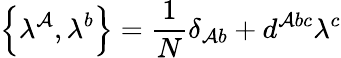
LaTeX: \left\{ \lambda^{\mathcal{A}},\lambda^{b}\right\} =\frac{{1}}{{N}}\delta_{\mathcal{A}b}+d^{\mathcal{A}bc}\lambda^{c}